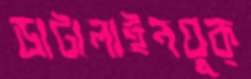
ডাটালাইনযুক্